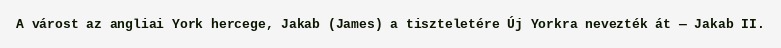
A várost az angliai York hercege, Jakab (James) a tiszteletére Új Yorkra nevezték át — Jakab II.